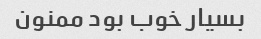
بسیار خوب بود ممنون